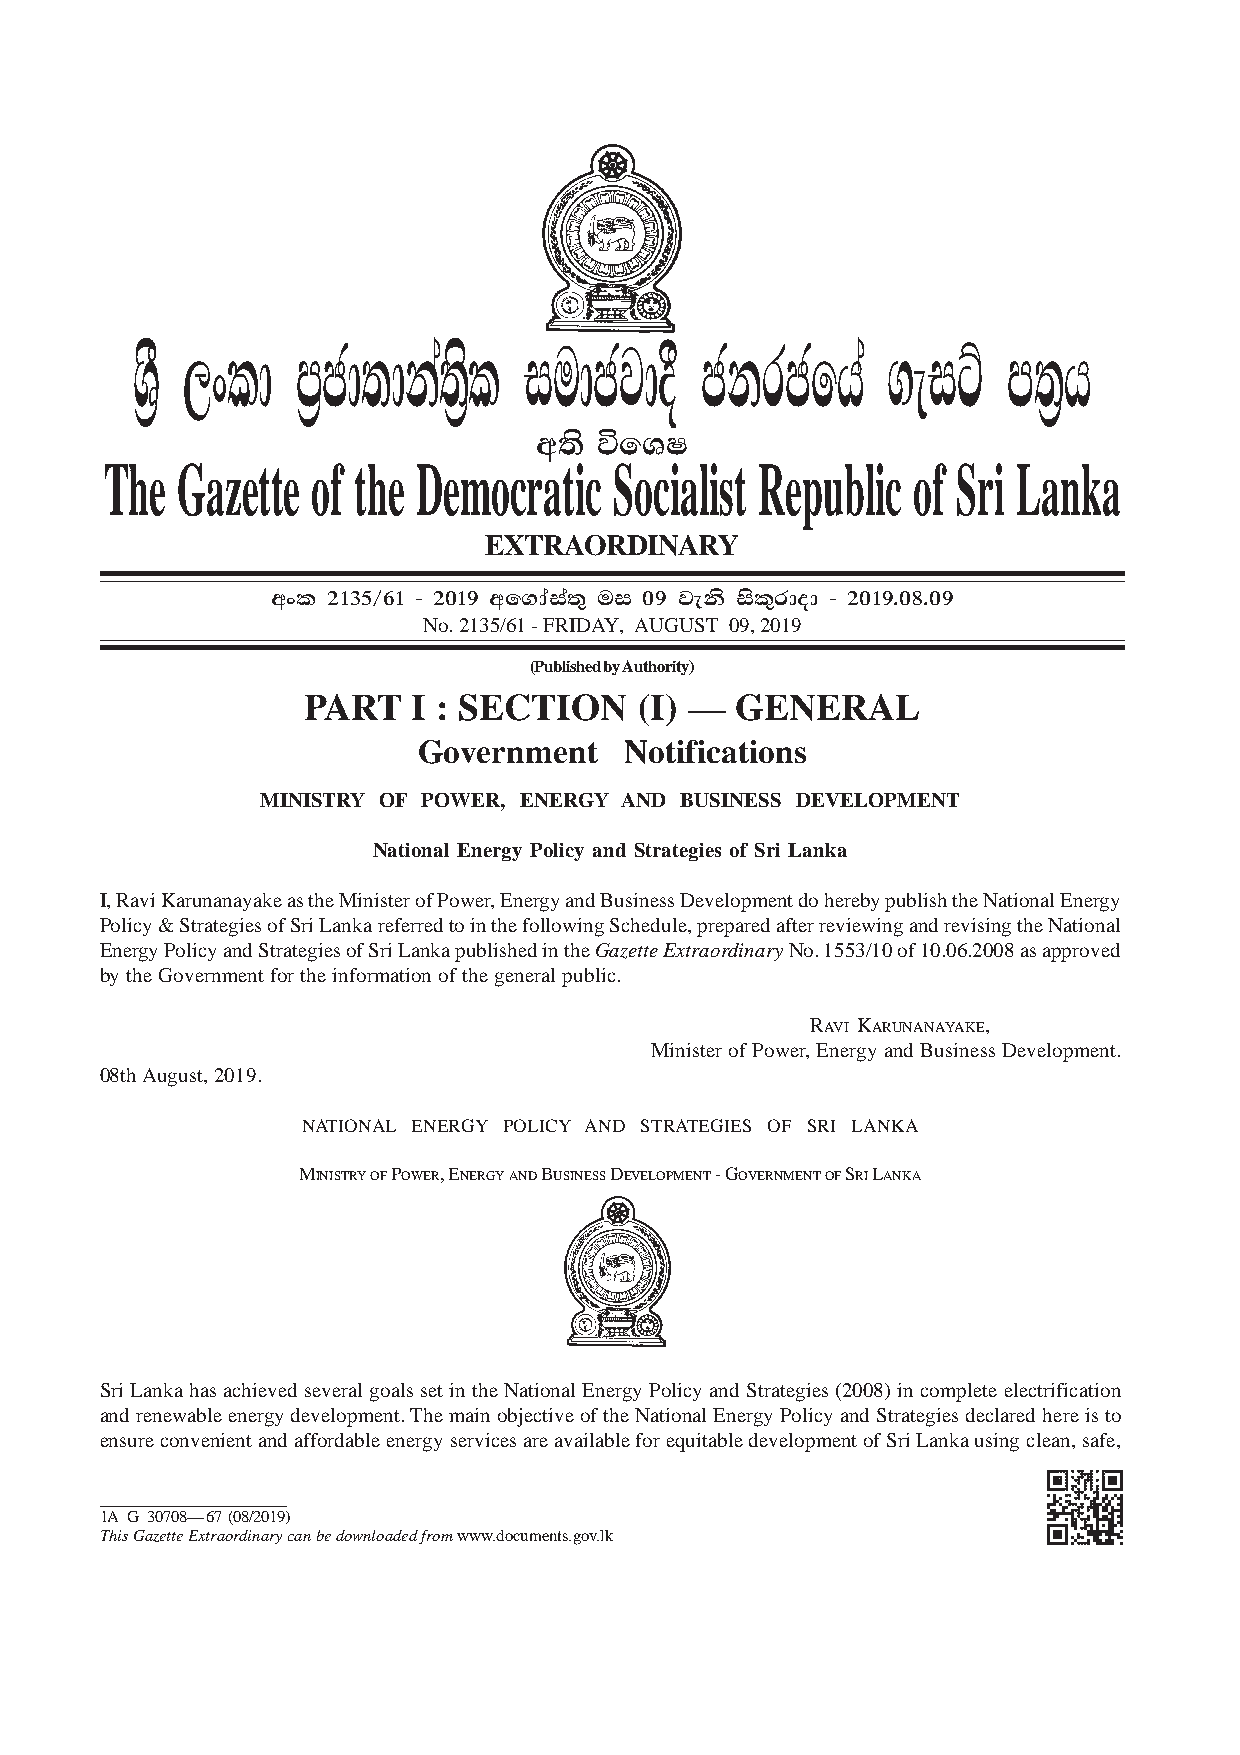
I fldgi ( ^I& fPoh - YS% ,xld m%cd;dka;s%l iudcjd§ ckrcfha w;s úfYI .eiÜ m;%h - 2019'08'09 1A
 PART I : SEC. (I) - GAZETTE EXTRAORDINARY OF THE DEMOCRATIC SOCIALIST REPUBLIC OF SRI LANKA 09.08.2019
 Y S% ,xld  mc% d;dk;a ls% iudcjd§    ckrcfh     a .eiÜ    m;h%
 w;s  úfYI
 The  Gazette  of the Democratic   Socialist Republic  of Sri Lanka
 EXTRAORDINARY
 wxl 2135$61 - 2019 wf.daia;= ui 09 jeks isl=rdod - 2019'08'09
 No. 2135/61 - FRIDAY, AUGUST 09, 2019
 (Published by Authority)
 PART   I : SECTION    (I) —  GENERAL
 Government   Notifications
 MINISTRY OF POWER, ENERGY AND BUSINESS DEVELOPMENT
 National Energy Policy and Strategies of Sri Lanka
 I, Ravi Karunanayake as the Minister of Power, Energy and Business Development do hereby publish the National Energy
 Policy & Strategies of Sri Lanka referred to in the following Schedule, prepared after reviewing and revising the National
 Energy Policy and Strategies of Sri Lanka published in the Gazette Extraordinary No. 1553/10 of 10.06.2008 as approved
 by the Government for the information of the general public.
 RAVI KARUNANAYAKE,
 Minister of Power, Energy and Business Development.
 08th August, 2019.
 NATIONAL ENERGY POLICY AND STRATEGIES OF SRI LANKA
 MINISTRY OF POWER, ENERGY AND BUSINESS DEVELOPMENT - GOVERNMENT OF SRI LANKA
 Sri Lanka has achieved several goals set in the National Energy Policy and Strategies (2008) in complete electrification
 and renewable energy development. The main objective of the National Energy Policy and Strategies declared here is to
 ensure convenient and affordable energy services are available for equitable development of Sri Lanka using clean, safe,
 1 TA
 hi s
 G
 G a
 3 z0 e7 tt0 e8 —
 Ex
 t6 r7
 a o
 ( r0 d8 i/ n2 a0 r1 y9 )
 can be downloaded from www.documents.gov.lk